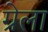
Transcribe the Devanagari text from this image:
ग्रेला